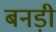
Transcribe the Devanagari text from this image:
बनड़ी